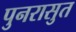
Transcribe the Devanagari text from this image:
पुनरासुत